system: You are a helpful assistant.
user:
Analyze the provided spectrum to determine if it is a **Carbon Star (C-type)**.

- **Key Visual Indicators of Carbon Star:**
    - **(Primary):** Strong molecular absorption from **C₂ (diatomic carbon) "Swan Bands."** This is the **defining feature** of a carbon star.
        - **(Key Bandheads):** Sharp absorption edges are visible at approximately $5635$ Å, $5165$ Å (the strongest band), and $4737$ Å.
        - **(Line Profile):** Creates a distinct **"saw-tooth"** pattern. The key morphology is a sharp, steep bandhead on the **red (long-wavelength) side**, which then gradually tapers off (i.e., flux recovers) towards the **blue (short-wavelength) side**. *(This is the direct opposite of the TiO bands seen in M-type stars)*.

    - **(Secondary):** Intense **CN (cyanogen)** molecular absorption bands.
        - **(Key Bandheads):** Located in the blue and violet regions of the spectrum (e.g., near $4215$ Å and $3883$ Å).
        - **(Morphology):** These bands are extremely broad and act as a "blanket," absorbing the vast majority of blue and violet light. This creates a characteristic **"cliff"** or **"steep drop-off"** in the spectrum's flux at short wavelengths.

    - **(Key Confirmation):** Strong **CH absorption band (G-band)**.
        - **(Key Bandhead):** Located around $4300$ Å. The contribution from CH molecules to this band is exceptionally strong.

    - **(Overall Spectrum):**
        - The continuum is severely "chopped up" by these deep molecular bands, especially C₂, rather than appearing as a smooth curve.
        - Due to the heavy CN and C₂ absorption in the blue-green, the vast majority of the star's flux is concentrated in the red part of the spectrum, giving the star its characteristic deep red color.

Think first, call **spectral_visualization_tool** if needed to examine features in detail, then provide your final answer. Your response must adhere to the following strict rules:
1.  **Overall Structure:** Your response must follow the format `<think>...</think> <tool_call>...</tool_call> (if a tool is used) <answer>...</answer>`.
2.  **Tool Usage Constraint:** You may only make **one** tool call per turn.
3.  **Final Answer Format:** In the `<answer>` tag, your conclusion must be inside a `\boxed{}` command (e.g., `\boxed{YES}`), followed by your justification.

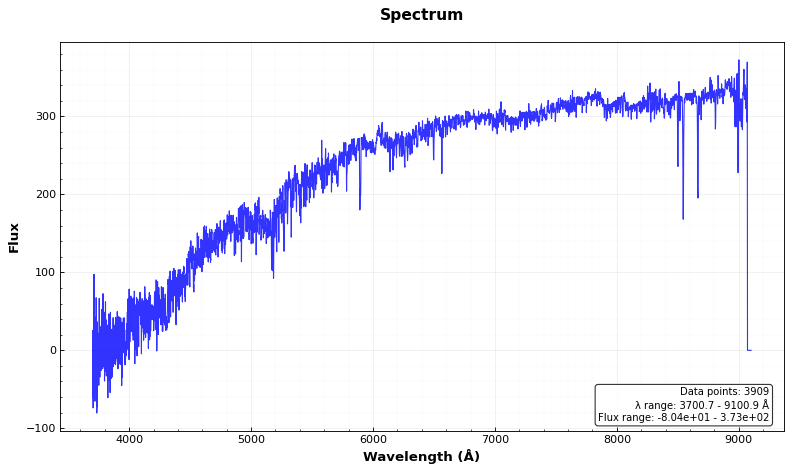
Answer: NO